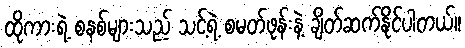
ထိုကားရဲ့ စနစ်များသည် သင့်ရဲ့ စမတ်ဖုန်းနဲ့ ချိတ်ဆက်နိုင်ပါတယ်။